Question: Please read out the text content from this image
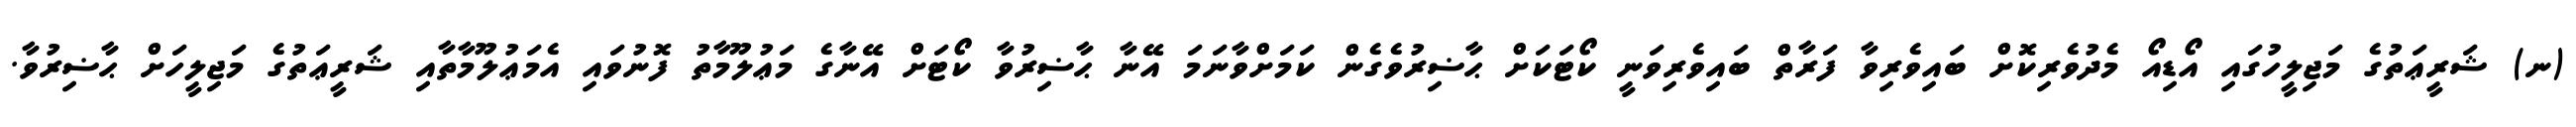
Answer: (ނ) ޝަރީޢަތުގެ މަޖިލީހުގައި އޯޑިއޯ މެދުވެރިކޮށް ބައިވެރިވާ ފަރާތް ބައިވެރިވަނީ ކޯޓަކަށް ޙާޟިރުވެގެން ކަމަށްވާނަމަ އޭނާ ޙާޟިރުވާ ކޯޓަށް އޭނާގެ މަޢުލޫމާތު ފޮނުވައި އެމަޢުލޫމާތާއި ޝަރީޢަތުގެ މަޖިލީހަށް ޙާޟިރުވާ.